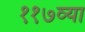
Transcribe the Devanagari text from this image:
११७व्या